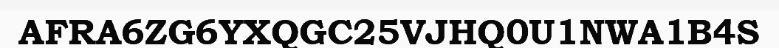
AFRA6ZG6YXQGC25VJHQ0U1NWA1B4S